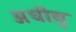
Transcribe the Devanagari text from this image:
अधीयु